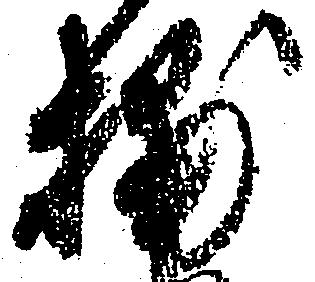
捕